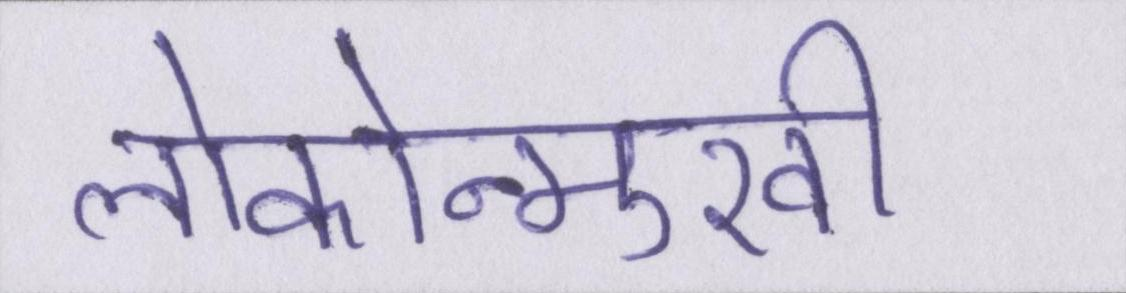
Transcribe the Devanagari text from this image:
लोकोन्मुखी